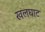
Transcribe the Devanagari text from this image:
खलघाट